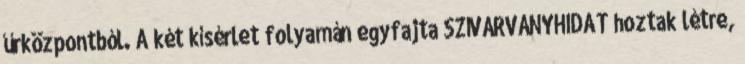
űrközpontból. A két kísérlet folyamán egyfajta SZÍVÁRVÁNYHIDAT hoztak létre,